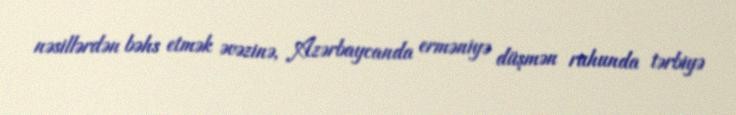
nəsillərdən bəhs etmək əvəzinə, Azərbaycanda erməniyə düşmən ruhunda tərbiyə